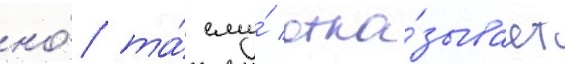
но́ та́ ему́ отка́зывает